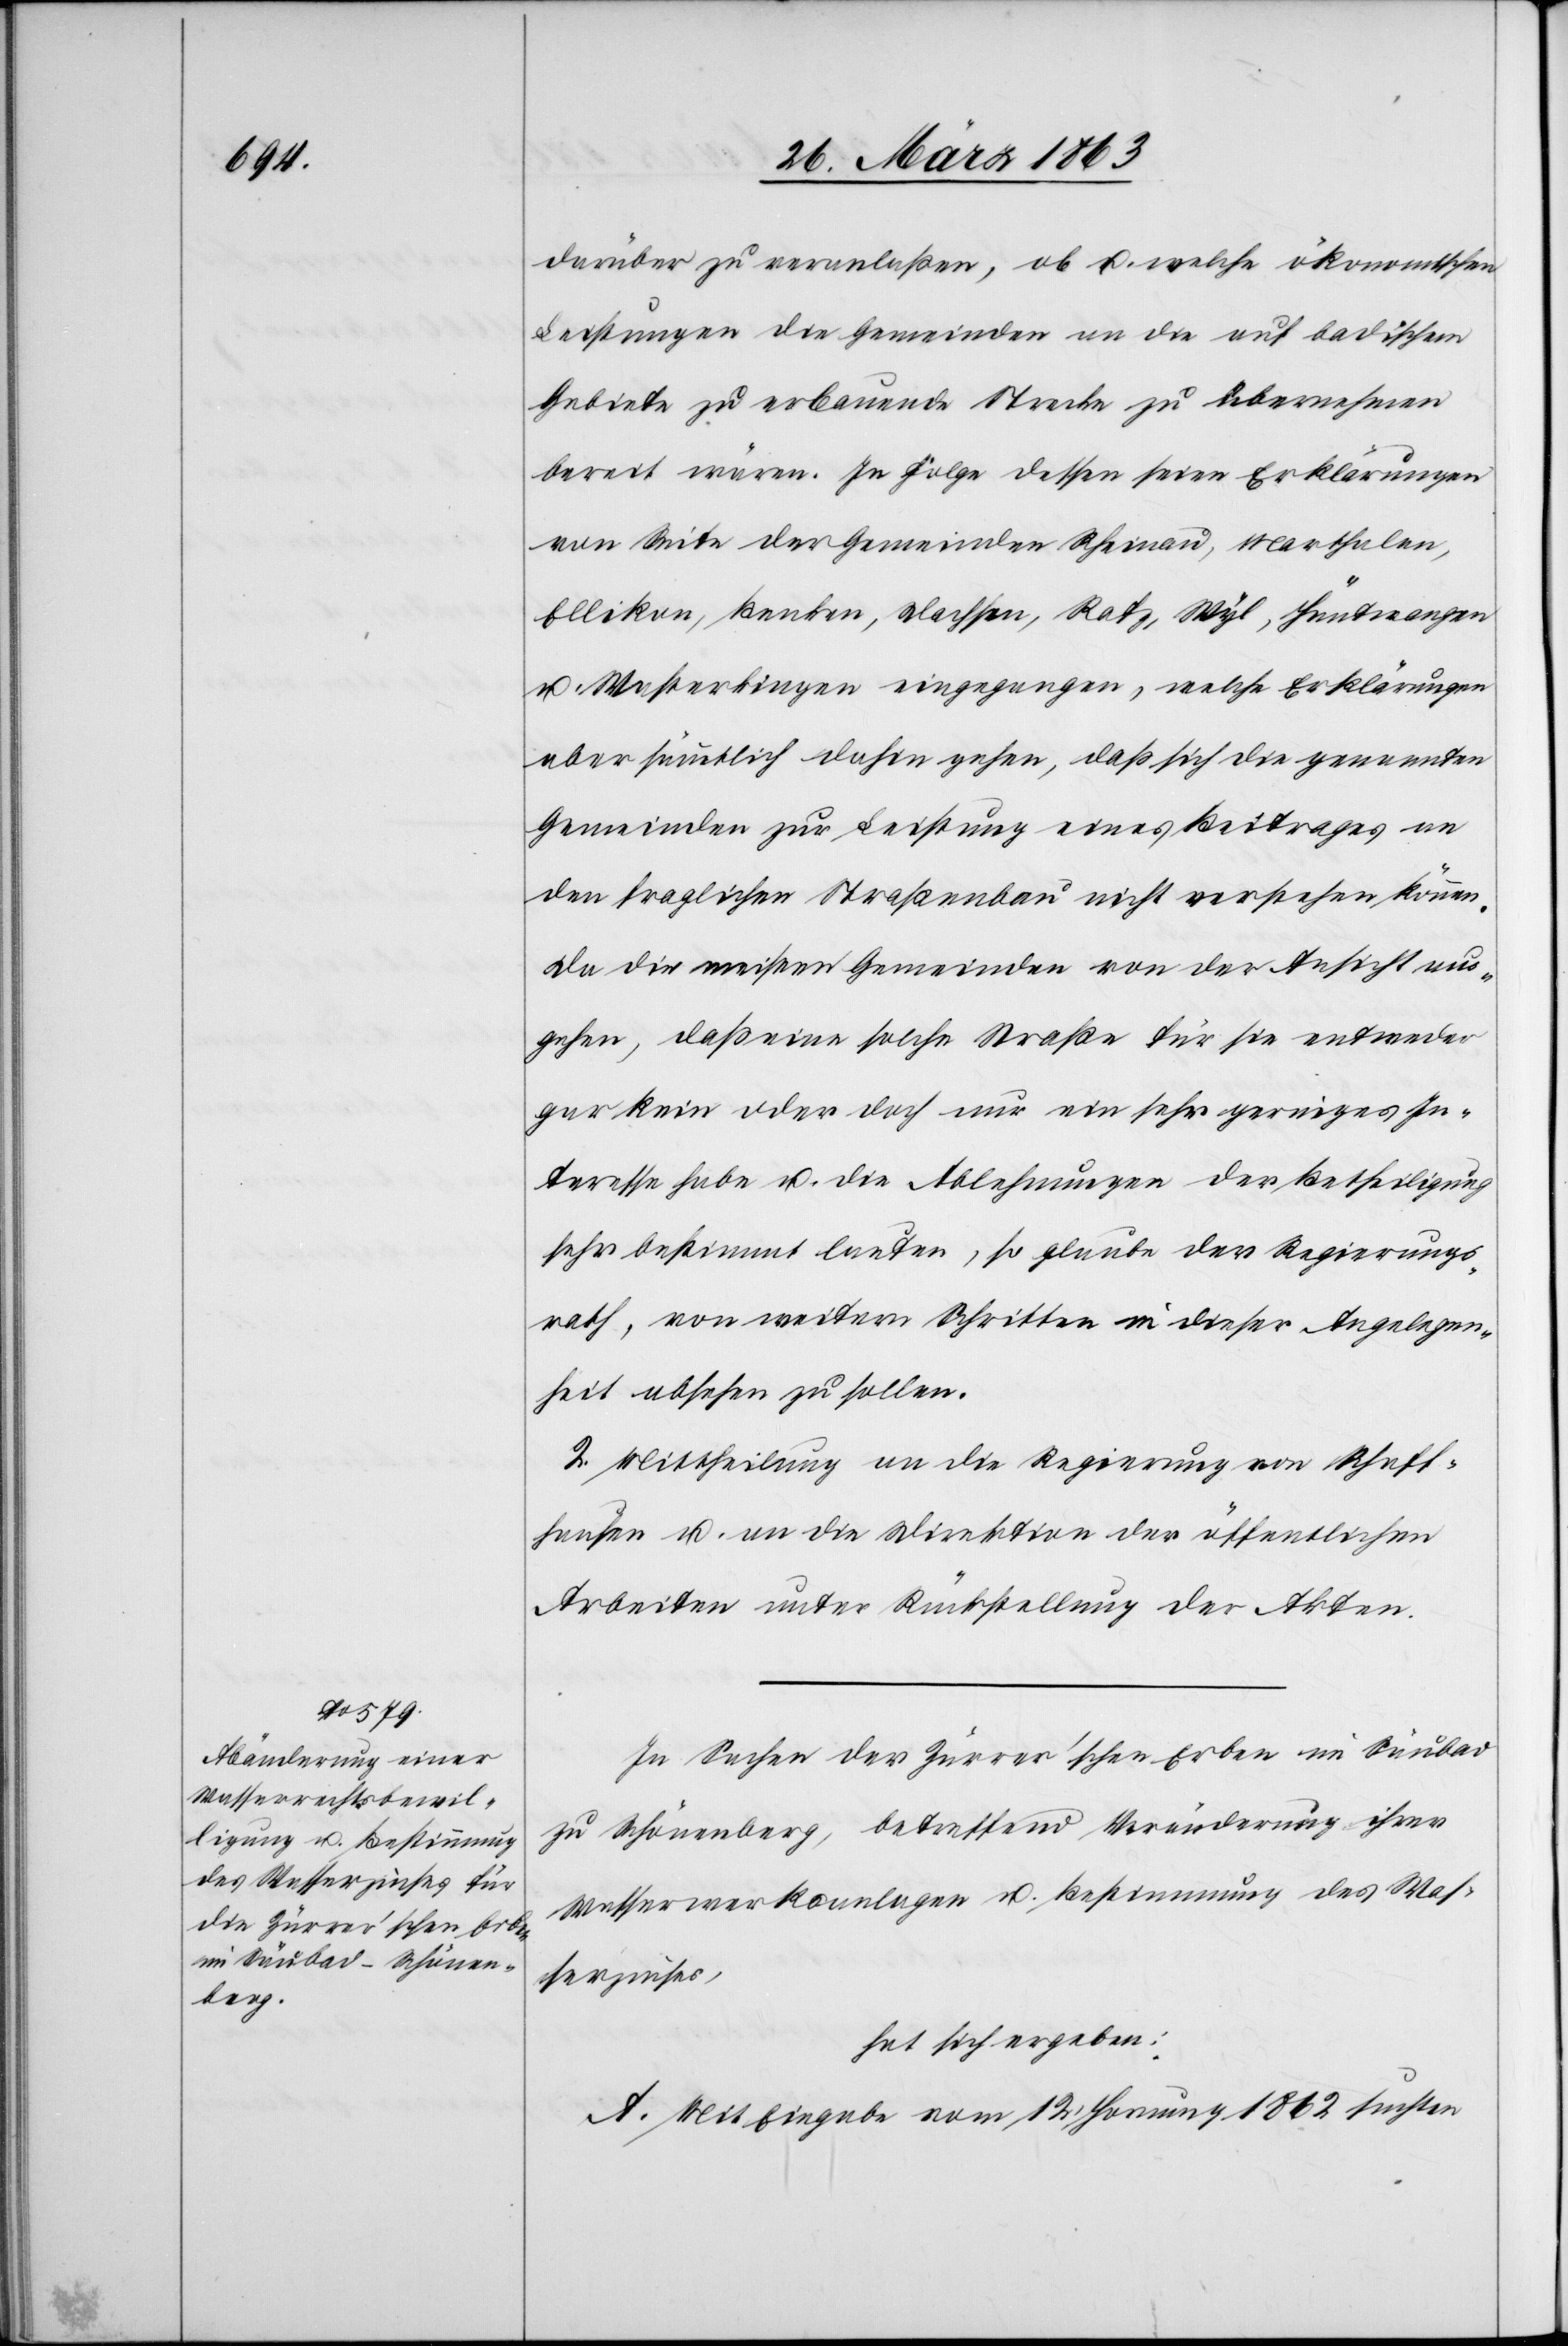
darüber zu veranlaßen, ob u. welche ökonomischen
Leistungen die Gemeinden an die auf badischem
Gebiete zu erbauende Strecke zu übernehmen
bereit wären. In Folge dessen seien Erklärungen
von Seite der Gemeinden Rheinau, Marthalen,
Ellikon, Benken, Dachsen, Rafz, Wyl, Hüntwangen
u. Wasterkingen eingegangen, welche Erklärungen
aber sämmtlich dahin gehen, daß sich die genannten
Gemeinden zur Leistung eines Beitrages an
den fraglichen Straßenbau nicht verstehen können.
Da die meisten Gemeinden von der Ansicht aus¬
gehen, daß eine solche Straße für sie entweder
gar kein oder doch nur ein sehr geringes In¬
teresse habe u. die Ablehnungen der Betheiligung
sehr bestimmt lauten, so glaube der Regierungs¬
rath, von weitern Schritten in dieser Angelegen¬
heit absehen zu sollen.
2. Mittheilung an die Regierung von Schaff¬
hausen u. an die Direktion der öffentlichen
Arbeiten unter Rückstellung der Akten.
In Sachen der Zürrer'schen Erben im Säubad
zu Schönenberg, betreffend Veränderung ihrer
Wasserwerksanlagen u. Bestimmung des Was¬
serzinses,
hat sich ergeben:
A. Mit Eingabe vom 12. Hornung 1862 suchten